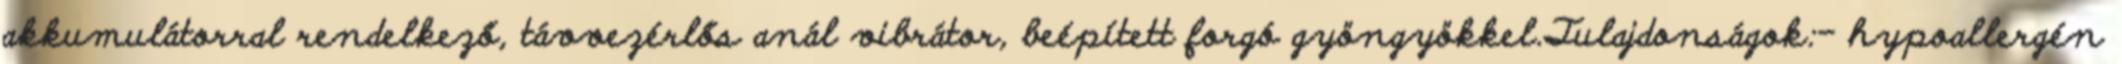
akkumulátorral rendelkező, távvezérlős anál vibrátor, beépített forgó gyöngyökkel.Tulajdonságok:- hypoallergén